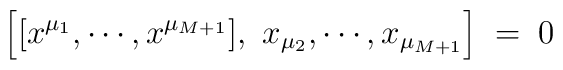
\left[ [ x^{\mu_1}, \cdots, x^{\mu_{M+1}}], \ x_{\mu_2},\cdots,  x_{\mu_{M+1}}\right]\;=\;0